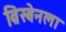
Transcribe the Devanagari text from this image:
ब्रिस्बेनला